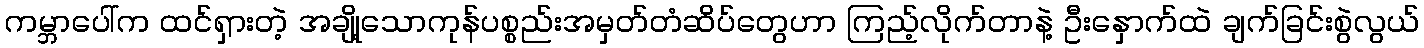
ကမ္ဘာပေါ်က ထင်ရှားတဲ့ အချို့သောကုန်ပစ္စည်းအမှတ်တံဆိပ်တွေဟာ ကြည့်လိုက်တာနဲ့ ဦးနှောက်ထဲ ချက်ခြင်းစွဲလွယ်